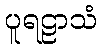
ပူရဠာသံ